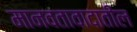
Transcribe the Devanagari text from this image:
मानवतावादातील